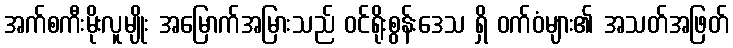
အက်စကီးမိုးလူမျိုး အမြောက်အမြားသည် ဝင်ရိုးစွန်းဒေသ ရှိ ဝက်ဝံများ၏ အသတ်အဖြတ်